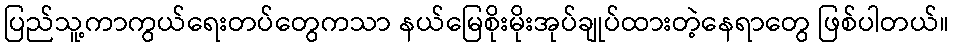
ပြည်သူ့ကာကွယ်ရေးတပ်တွေကသာ နယ်မြေစိုးမိုးအုပ်ချုပ်ထားတဲ့နေရာတွေ ဖြစ်ပါတယ်။